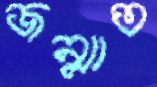
জন্মাত